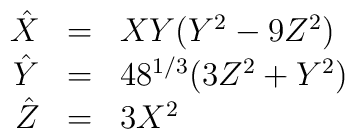
\begin{array}{rcl}\hat X & = & X Y(Y^2-9 Z^2)\\\hat Y & = & 48^{1/3}(3 Z^2 + Y^2)\\\hat Z & = & 3 X^2\end{array}